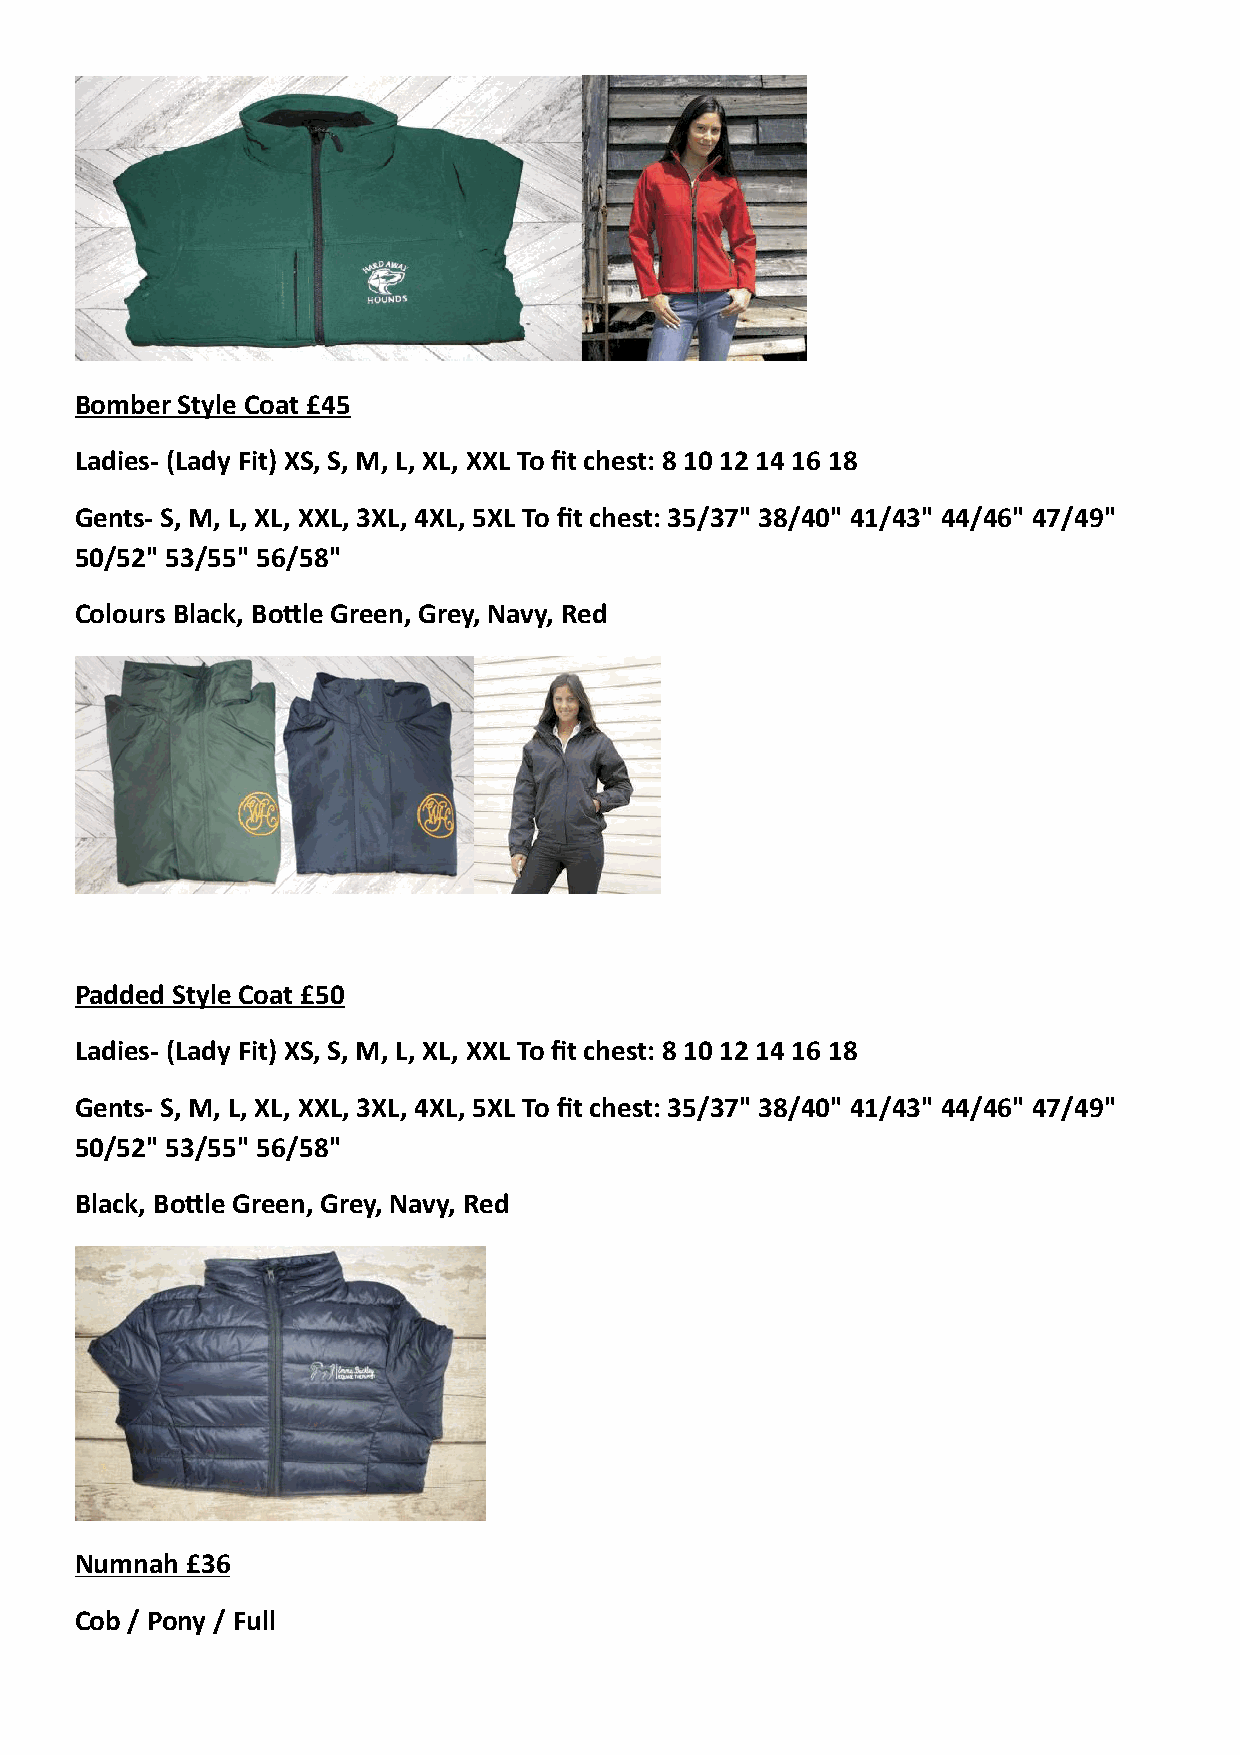
Bomber Style Coat £45
 Ladies- (Lady Fit) XS, S, M, L, XL, XXL To fit chest: 8 10 12 14 16 18
 Gents- S, M, L, XL, XXL, 3XL, 4XL, 5XL To fit chest: 35/37" 38/40" 41/43" 44/46" 47/49"
 50/52" 53/55" 56/58"
 Colours Black, BoNle Green, Grey, Navy, Red
 Padded Style Coat £50
 Ladies- (Lady Fit) XS, S, M, L, XL, XXL To fit chest: 8 10 12 14 16 18
 Gents- S, M, L, XL, XXL, 3XL, 4XL, 5XL To fit chest: 35/37" 38/40" 41/43" 44/46" 47/49"
 50/52" 53/55" 56/58"
 Black, BoNle Green, Grey, Navy, Red
 Numnah £36
 Cob / Pony / Full